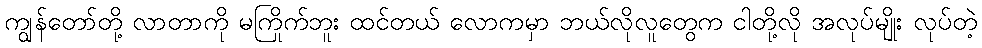
ကျွန်တော်တို့ လာတာကို မကြိုက်ဘူး ထင်တယ် လောကမှာ ဘယ်လိုလူတွေက ငါတို့လို အလုပ်မျိုး လုပ်တဲ့